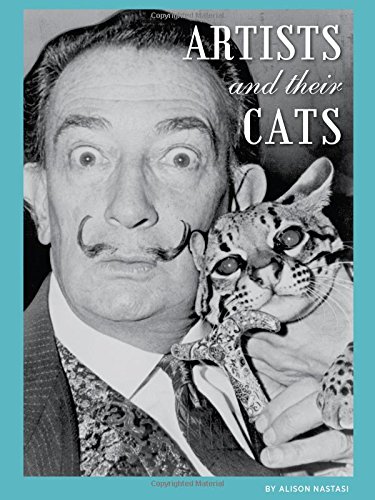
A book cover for Artists and Their Cats; Alison Nastasi; Crafts, Hobbies & Home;